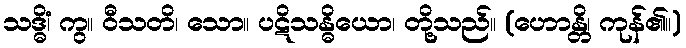
သဒ္ဓိံ၊ ကွ။ ဝီသတိ၊ သော။ ပဋိသန္ဓိယော၊ တို့သည်။ (ဟောန္တိ၊ ကုန်၏။)